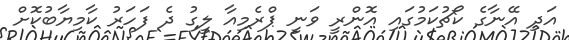
އަދި އޭނާގެ ކޯޗުކަމުގައި އޮންރީ ވަނީ ޕްރެމިއާ ލީގު ދެ ފަހަރު ކާމިޔާބުކޮށް